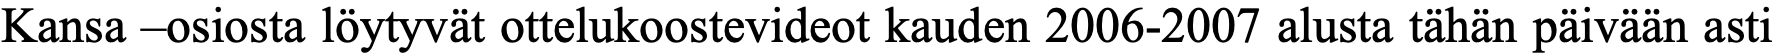
Kansa –osiosta löytyvät ottelukoostevideot kauden 2006-2007 alusta tähän päivään asti